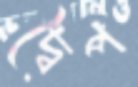
দ্বৈপ